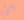
عن